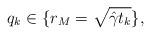
LaTeX: \begin{align*} q_k\in \{r_M=\sqrt{\hat{\gamma}t_k}\},\end{align*}